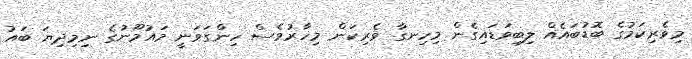
މިވެރިކަމުގެ ބޮޑުބައެއް ލިބިވަޑައިގެން މިހިނގާ ވެރިކަން މިހާރުވެސް ހިންގަވަނީ މައުމޫނުގެ ނިމިދިޔަ ބައު